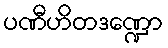
ပဏီဟိတဒဏ္ဍော